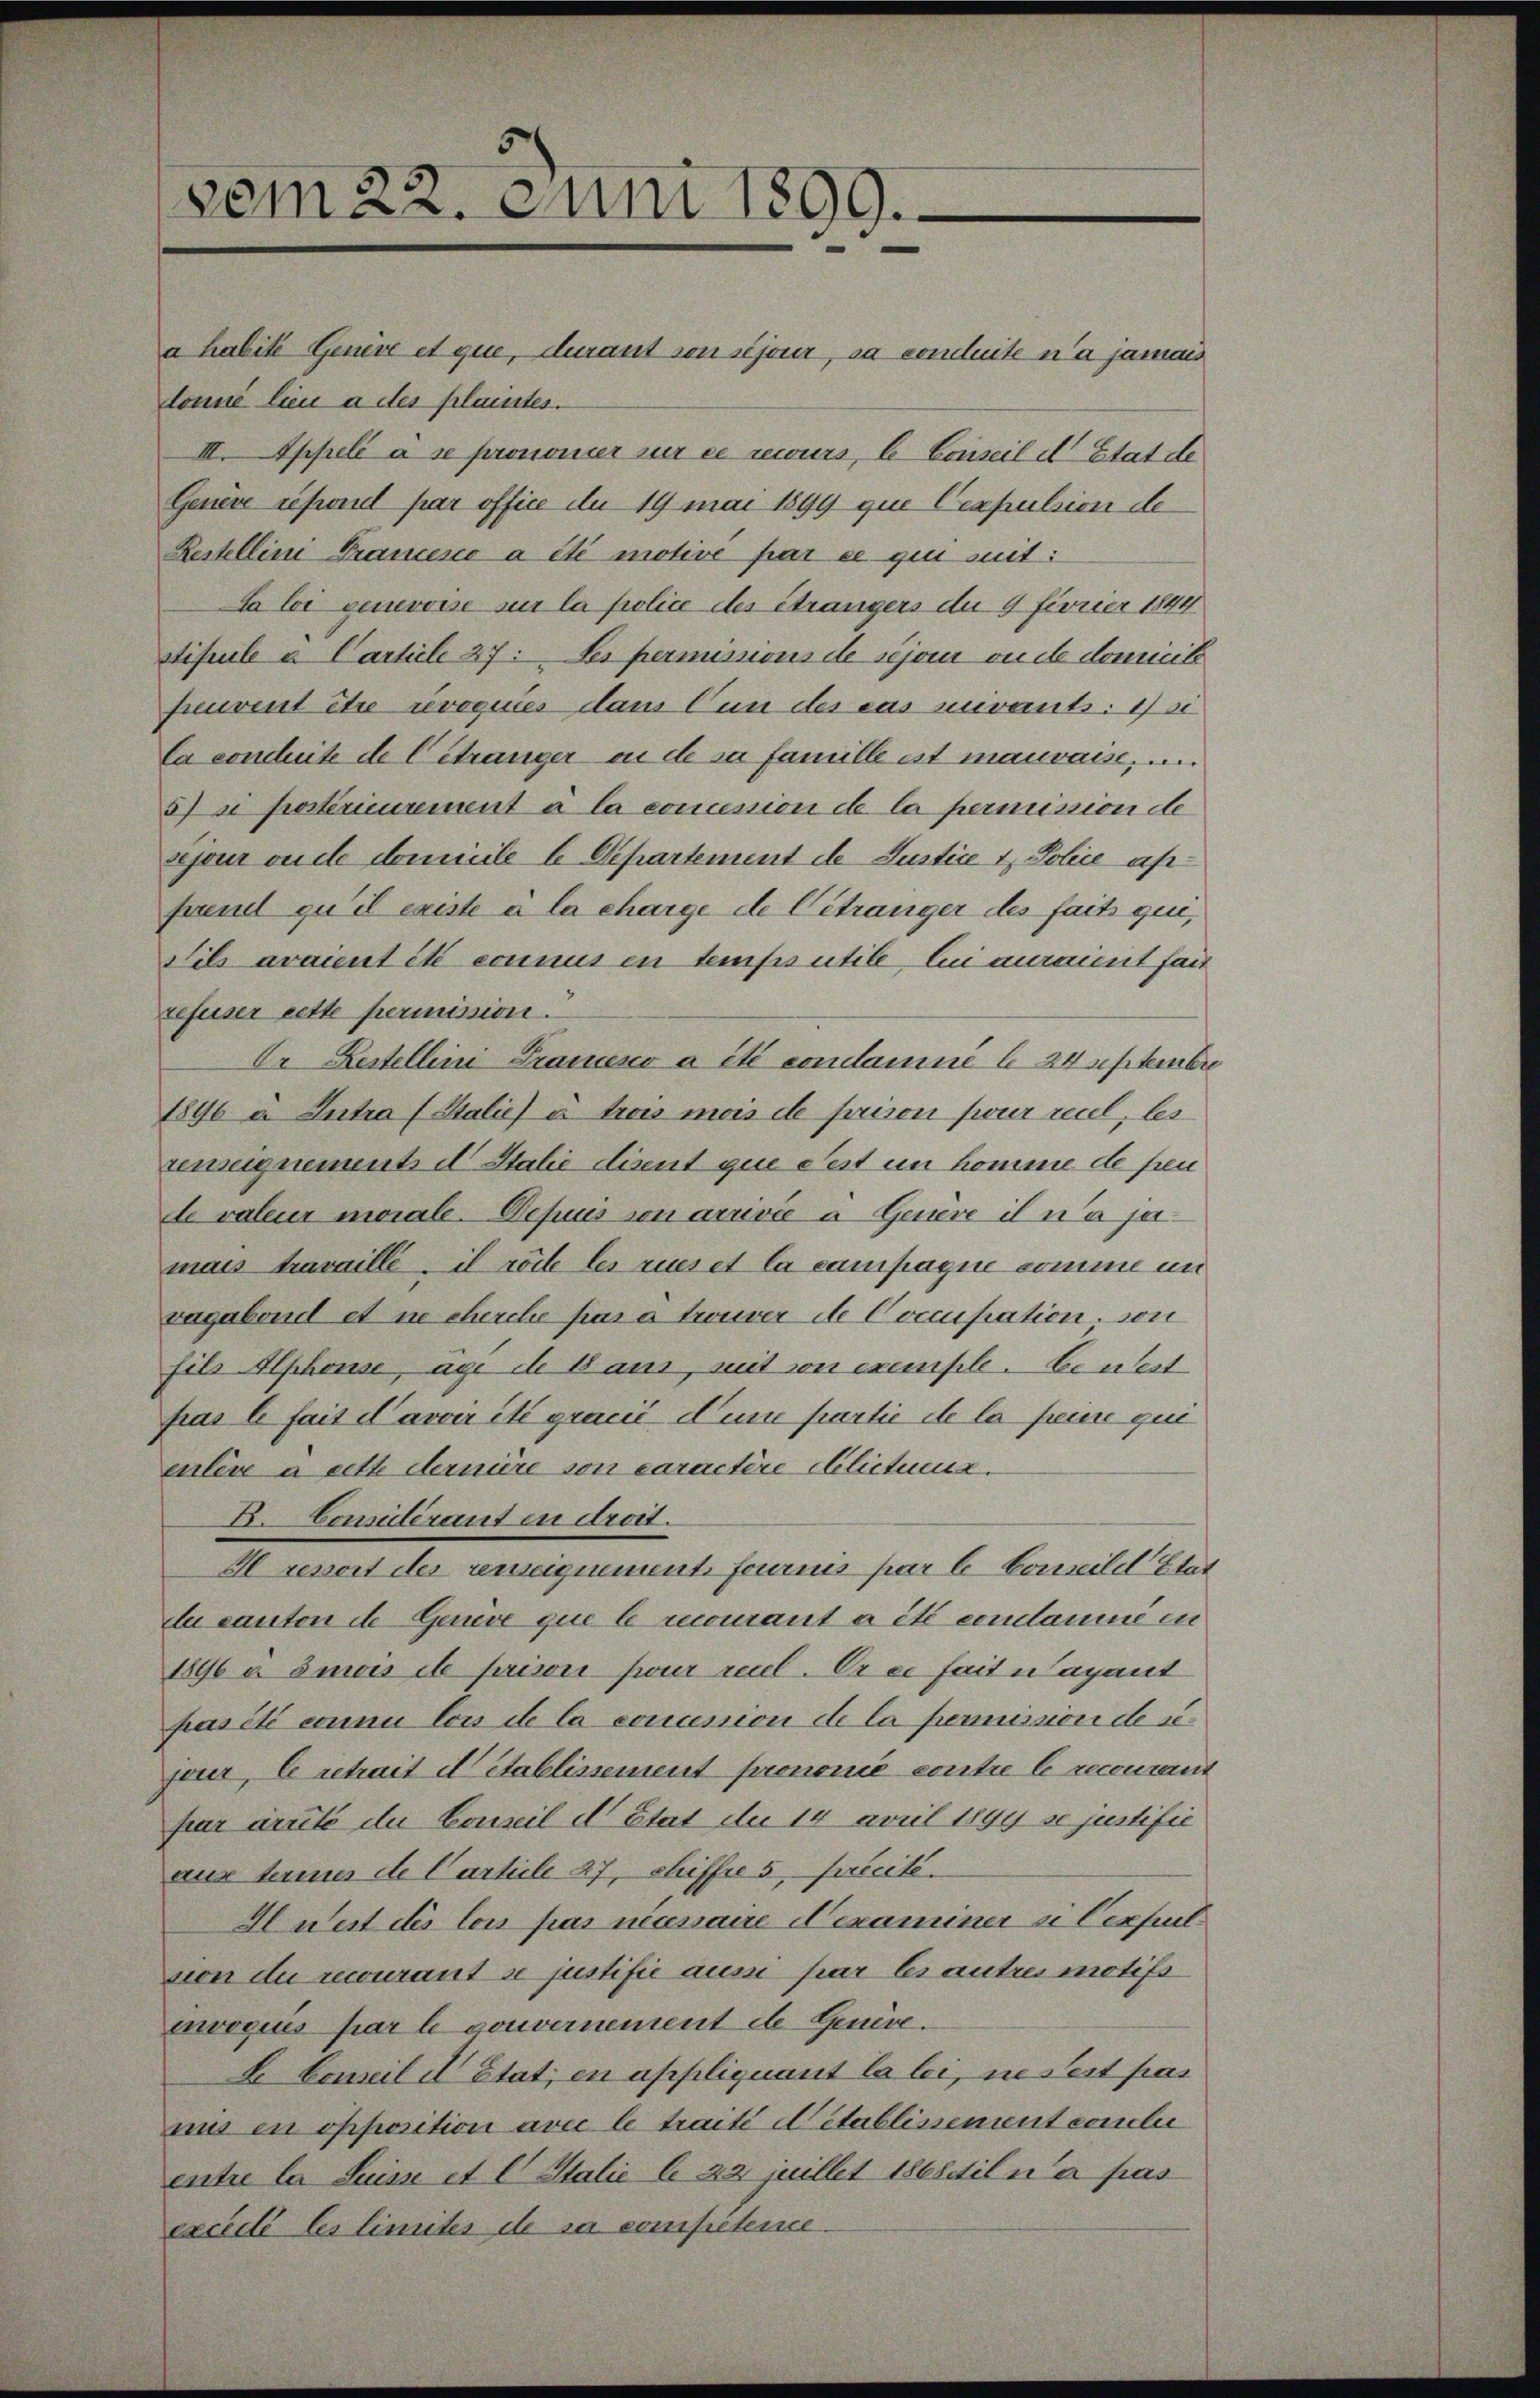
vom 22. Juni 1899.

a habite Genève et que, durant von sijour, sa conduite na jamais
lonne lieu à des plaintes.
III. Appelé à se pronomier zur ce recours, le Conseil d Etat de
Genere reporel par office du 19 mai 1899 que Cexpulsion de
Restellini Prancence a été motive par ce in mit:
La loi genevoise sur la police des Strangers du 9 Fuvrier 1844
stifeile a Carticle 27: Les permissions de schon ou de domicil
peuvent être revoquées dann Cun des cas zuvants: 1) si
la conduite de Getränger an de sa famille ist mauvaise, u.
5) se postérieurement à la commission de la permission de
sejour ouche domicile b Departement der Justice 1, Police ap
fraudl qu’il existe à la charge de Citranger des faits qui,
Sils avaient été connus en temps utile, lui auraient fan
refuser cette permission.
Er Restellini Prancesco a été condamné le 24 Septembre
1896 u. Antra (Stalie à trois mois de prison pour recel, les
renzeignements d Italie disent que fest im komme de freu
de valeur morale. Depuis von arrivée a Genere il n’a ja
mais travaille il röche les aus et la campagne somme un
vagabond et ne cherche pas a trouver de Coccupation, von
fils Alphouse, age de Baus, mit von exemple. Leutet
pas le fait d’avoir été gracićdune partie de la peine qui
enlève à cette dernire von caractire Alictuenz.
B. Consulérant in droit.
Alressort der renseignement fournis par l. Consild Etat
da canton de Genève que le recourant a été condamme in
1896 u. Smois il prisori pour recl. Er es fait nagant
pas été connu lors de la concession de la permission desjour, le retrait établissement pronome contre le recourant
fur arrete du Conseil d’Etat der 14 avril 1899 se justifié
aus termes de Carteile 27, chiffre 5, fecité.
Huest des lois pas necessaire Nexaminer si Cerfuelvion du recourant se justifie aussi par es autres motifs
invoques par le souvernement de Genève.
E Conseil d’Etat, en appliquant la loi, in Seit pas
mis en opposition avec le traité détablissement comeler
entre la Suisse et C. Stalie le 22 Juillet 1868 il n’a pas
excellé les limites de sa competence.